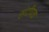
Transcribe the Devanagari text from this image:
संदीपक